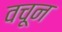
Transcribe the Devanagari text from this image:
वचून